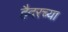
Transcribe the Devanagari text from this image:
हैदरच्या